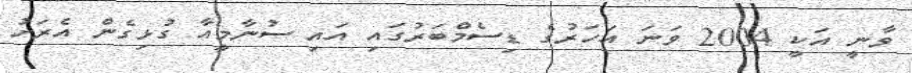
ވާނީ އަކީ 2004 ވަނަ އަހަރުގެ ޑިސެމްބަރުގައި އައި ސުނާމީއާ ގުޅިގެން އެރަށު